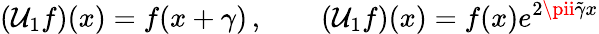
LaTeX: (\mathcal{U}_{1}f)(x)=f(x+\gamma)\, ,\qquad(\mathcal{U}_{1}f)(x)=f(x)e^{2\pii\tilde{{\gamma}}x}